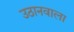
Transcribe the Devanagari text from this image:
उठानवाला